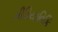
મીડિયાવિકિ